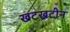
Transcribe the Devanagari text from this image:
खटखटीन